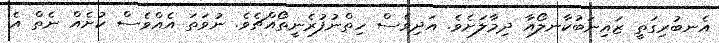
އެނބުރިގަތީ ޒައިނަބުކާނލޯއާ ދިމާލަށެވެ. އަދިވެސް ހިތްނުފުރެނީތޯއްޗެވެ. ނުވަތަ އެއްވެސް ކުށެއް ނެތް އެ